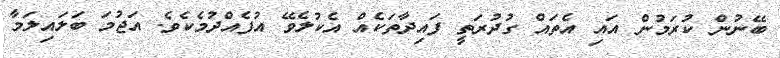
ބޭނުން ކުރަމުން އައި އެތައް ގުދުރަތީ ފައިދާތަކެއް އެކުލެވޭ އުފެއްދުމެކެވެ. އަޖުމަ ބަލައިލަމާ